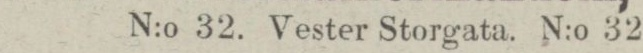
N:o 32. Vester Storgata N:o 32,